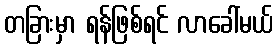
တခြားမှာ ရန်ဖြစ်ရင် လာခေါ်မယ်